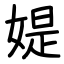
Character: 媞